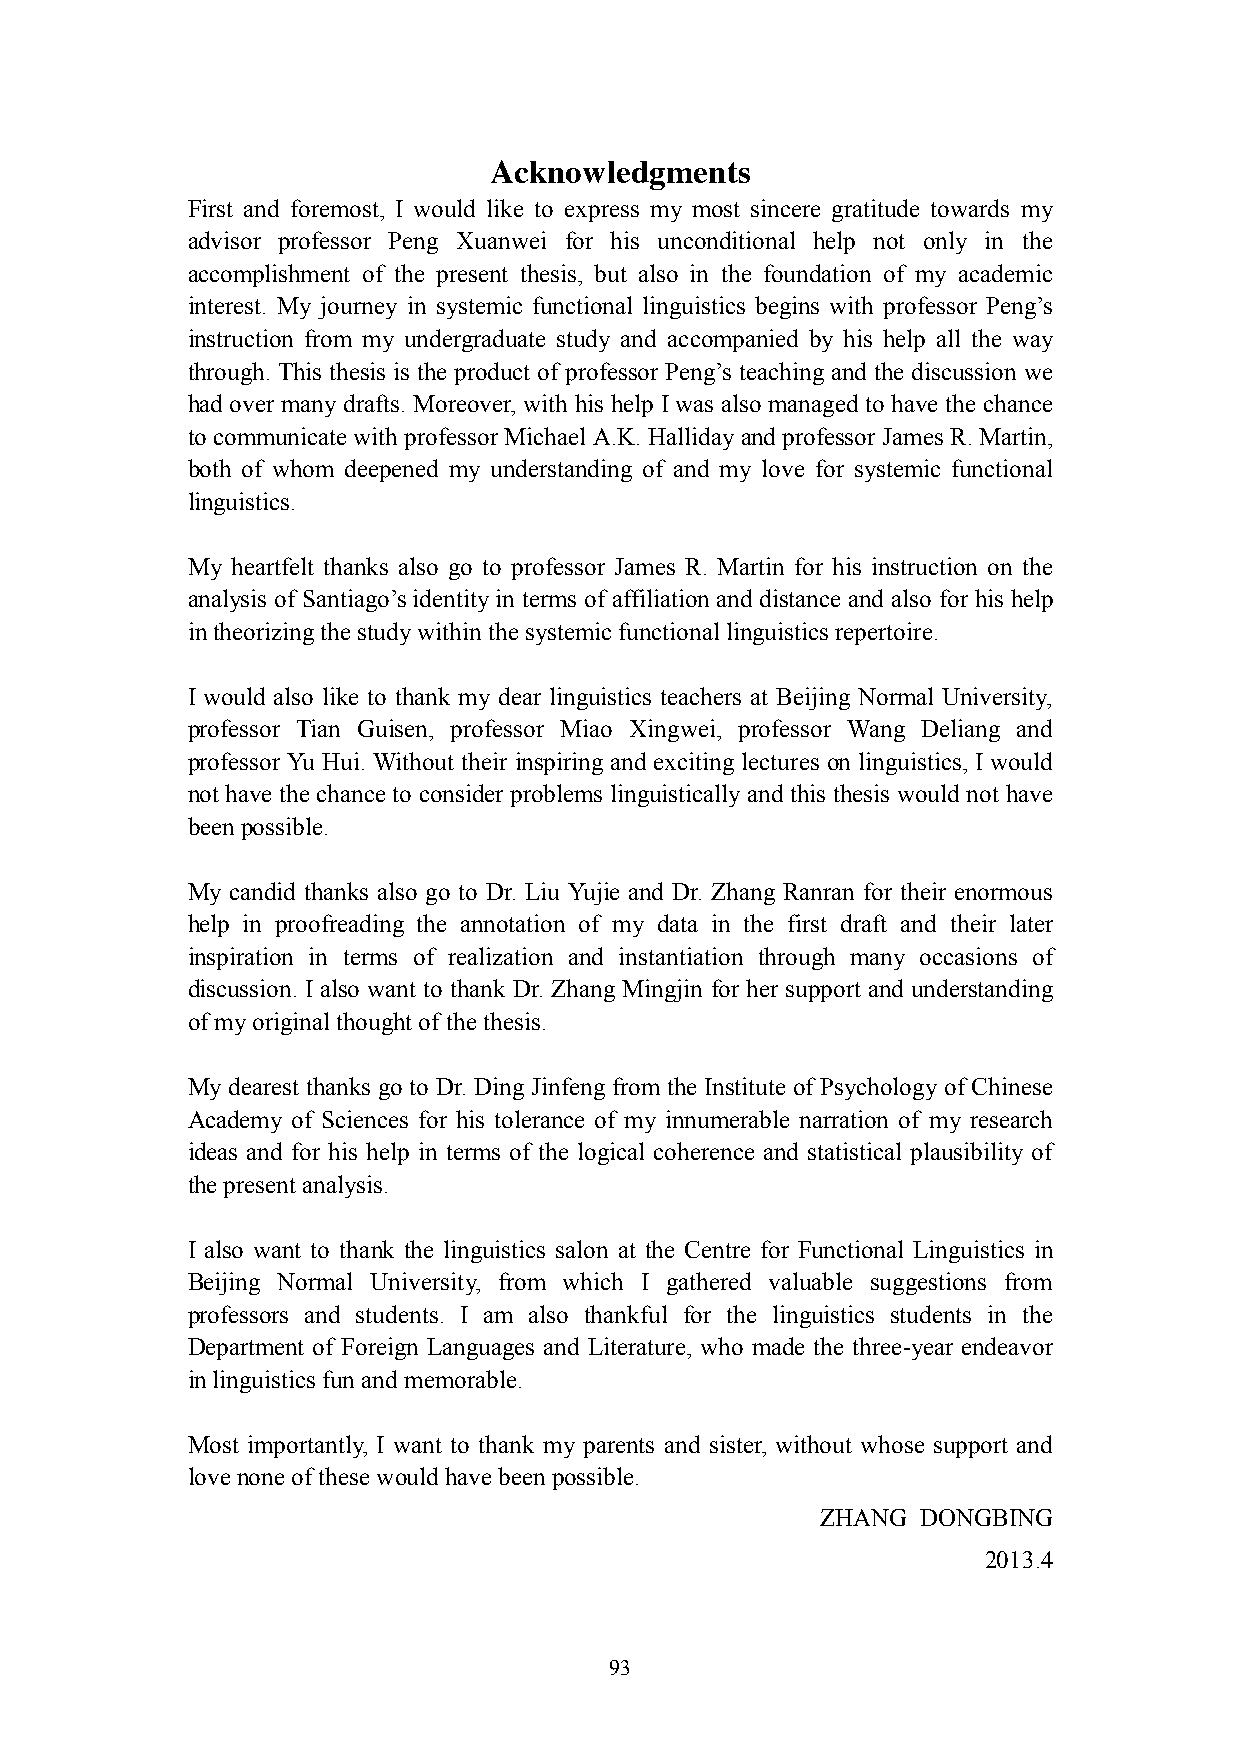
Acknowledgments
 First and foremost, I would like to express my most sincere gratitude towards my
 advisor professor Peng Xuanwei for his unconditional help not only in the
 accomplishment of the present thesis, but also in the foundation of my academic
 interest. My journey in systemic functional linguistics begins with professor Peng‘s
 instruction from my undergraduate study and accompanied by his help all the way
 through. This thesis is the product of professor Peng‘s teaching and the discussion we
 had over many drafts. Moreover, with his help I was also managed to have the chance
 to communicate with professor Michael A.K. Halliday and professor James R. Martin,
 both of whom deepened my understanding of and my love for systemic functional
 linguistics.
 My heartfelt thanks also go to professor James R. Martin for his instruction on the
 analysis of Santiago‘s identity in terms of affiliation and distance and also for his help
 in theorizing the study within the systemic functional linguistics repertoire.
 I would also like to thank my dear linguistics teachers at Beijing Normal University,
 professor Tian Guisen, professor Miao Xingwei, professor Wang Deliang and
 professor Yu Hui. Without their inspiring and exciting lectures on linguistics, I would
 not have the chance to consider problems linguistically and this thesis would not have
 been possible.
 My candid thanks also go to Dr. Liu Yujie and Dr. Zhang Ranran for their enormous
 help in proofreading the annotation of my data in the first draft and their later
 inspiration in terms of realization and instantiation through many occasions of
 discussion. I also want to thank Dr. Zhang Mingjin for her support and understanding
 of my original thought of the thesis.
 My dearest thanks go to Dr. Ding Jinfeng from the Institute of Psychology of Chinese
 Academy of Sciences for his tolerance of my innumerable narration of my research
 ideas and for his help in terms of the logical coherence and statistical plausibility of
 the present analysis.
 I also want to thank the linguistics salon at the Centre for Functional Linguistics in
 Beijing Normal University, from which I gathered valuable suggestions from
 professors and students. I am also thankful for the linguistics students in the
 Department of Foreign Languages and Literature, who made the three-year endeavor
 in linguistics fun and memorable.
 Most importantly, I want to thank my parents and sister, without whose support and
 love none of these would have been possible.
 ZHANG  DONGBING
 2013.4
 93